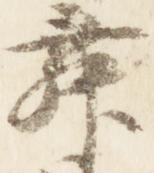
舞